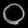
Digit: ၀